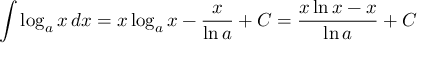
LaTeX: \int \log _ { a } x \, d x = x \log _ { a } x - { \frac { x } { \ln a } } + C = { \frac { x \ln x - x } { \ln a } } + C